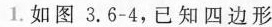
1.如图3.6-4，已知四边形